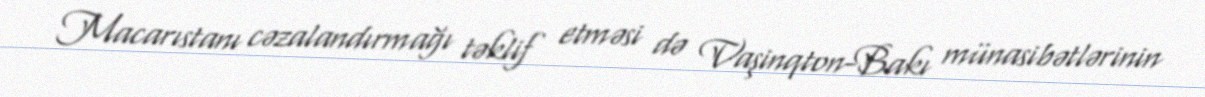
Macarıstanı cəzalandırmağı təklif etməsi də Vaşinqton-Bakı münasibətlərinin